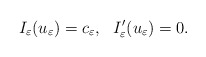
\begin{align*}I_\varepsilon(u_\varepsilon)=c_\varepsilon,\ \ I'_\varepsilon(u_\varepsilon)=0.\end{align*}